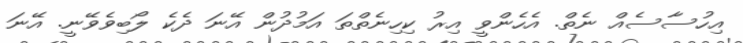
އިހުސާސެއް ނެތް. އެހެންވީ އިރު ކިހިނެތްތަ އަމުދުން އޭނަ ދެކެ ލޯބިވެވޭނީ. އޭނަ